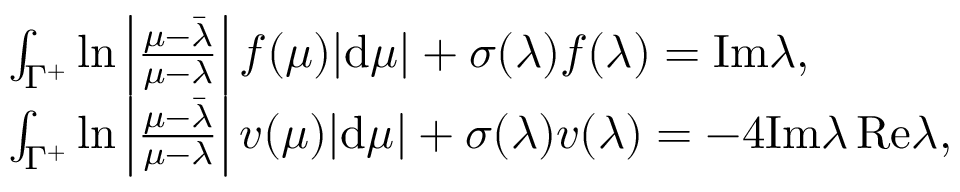
\begin{array} { r l } & { \int _ { \Gamma ^ { + } } \ln \left| \frac { \mu - \bar { \lambda } } { \mu - \lambda } \right| f ( \mu ) | \mathrm { d } \mu | + \sigma ( \lambda ) f ( \lambda ) = \mathrm { I m } \lambda , } \\ & { \int _ { \Gamma ^ { + } } \ln \left| \frac { \mu - \bar { \lambda } } { \mu - \lambda } \right| v ( \mu ) | \mathrm { d } \mu | + \sigma ( \lambda ) v ( \lambda ) = - 4 \mathrm { I m } \lambda \, \mathrm { R e } \lambda , } \end{array}